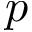
p